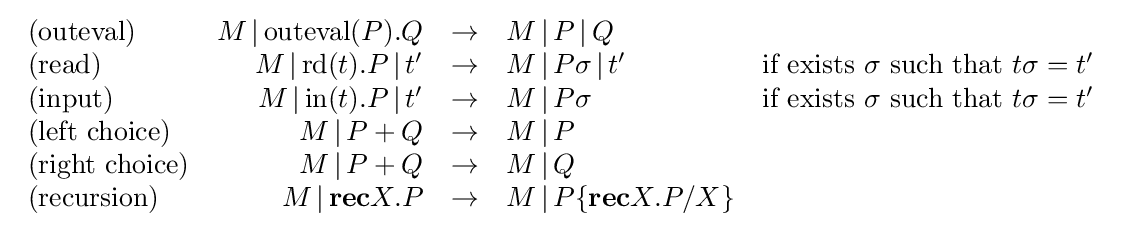
{\begin{array}{lrcll}{\text{(outeval)}}&M\,|\,\mathrm {outeval} (P).Q&\rightarrow &M\,|\,P\,|\,Q&\\{\text{(read)}}&M\,|\,\mathrm {rd} (t).P\,|\,t'&\rightarrow &M\,|\,P\sigma \,|\,t'&{\text{if exists }}\sigma {\text{ such that }}t\sigma =t'\\{\text{(input)}}&M\,|\,\mathrm {in} (t).P\,|\,t'&\rightarrow &M\,|\,P\sigma &{\text{if exists }}\sigma {\text{ such that }}t\sigma =t'\\{\text{(left choice)}}&M\,|\,P+Q&\rightarrow &M\,|\,P&\\{\text{(right choice)}}&M\,|\,P+Q&\rightarrow &M\,|\,Q&\\{\text{(recursion)}}&M\,|\,\mathbf {rec} X.P&\rightarrow &M\,|\,P\{\mathbf {rec} X.P/X\}&\\\end{array}}